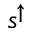
s ^ { \uparrow }